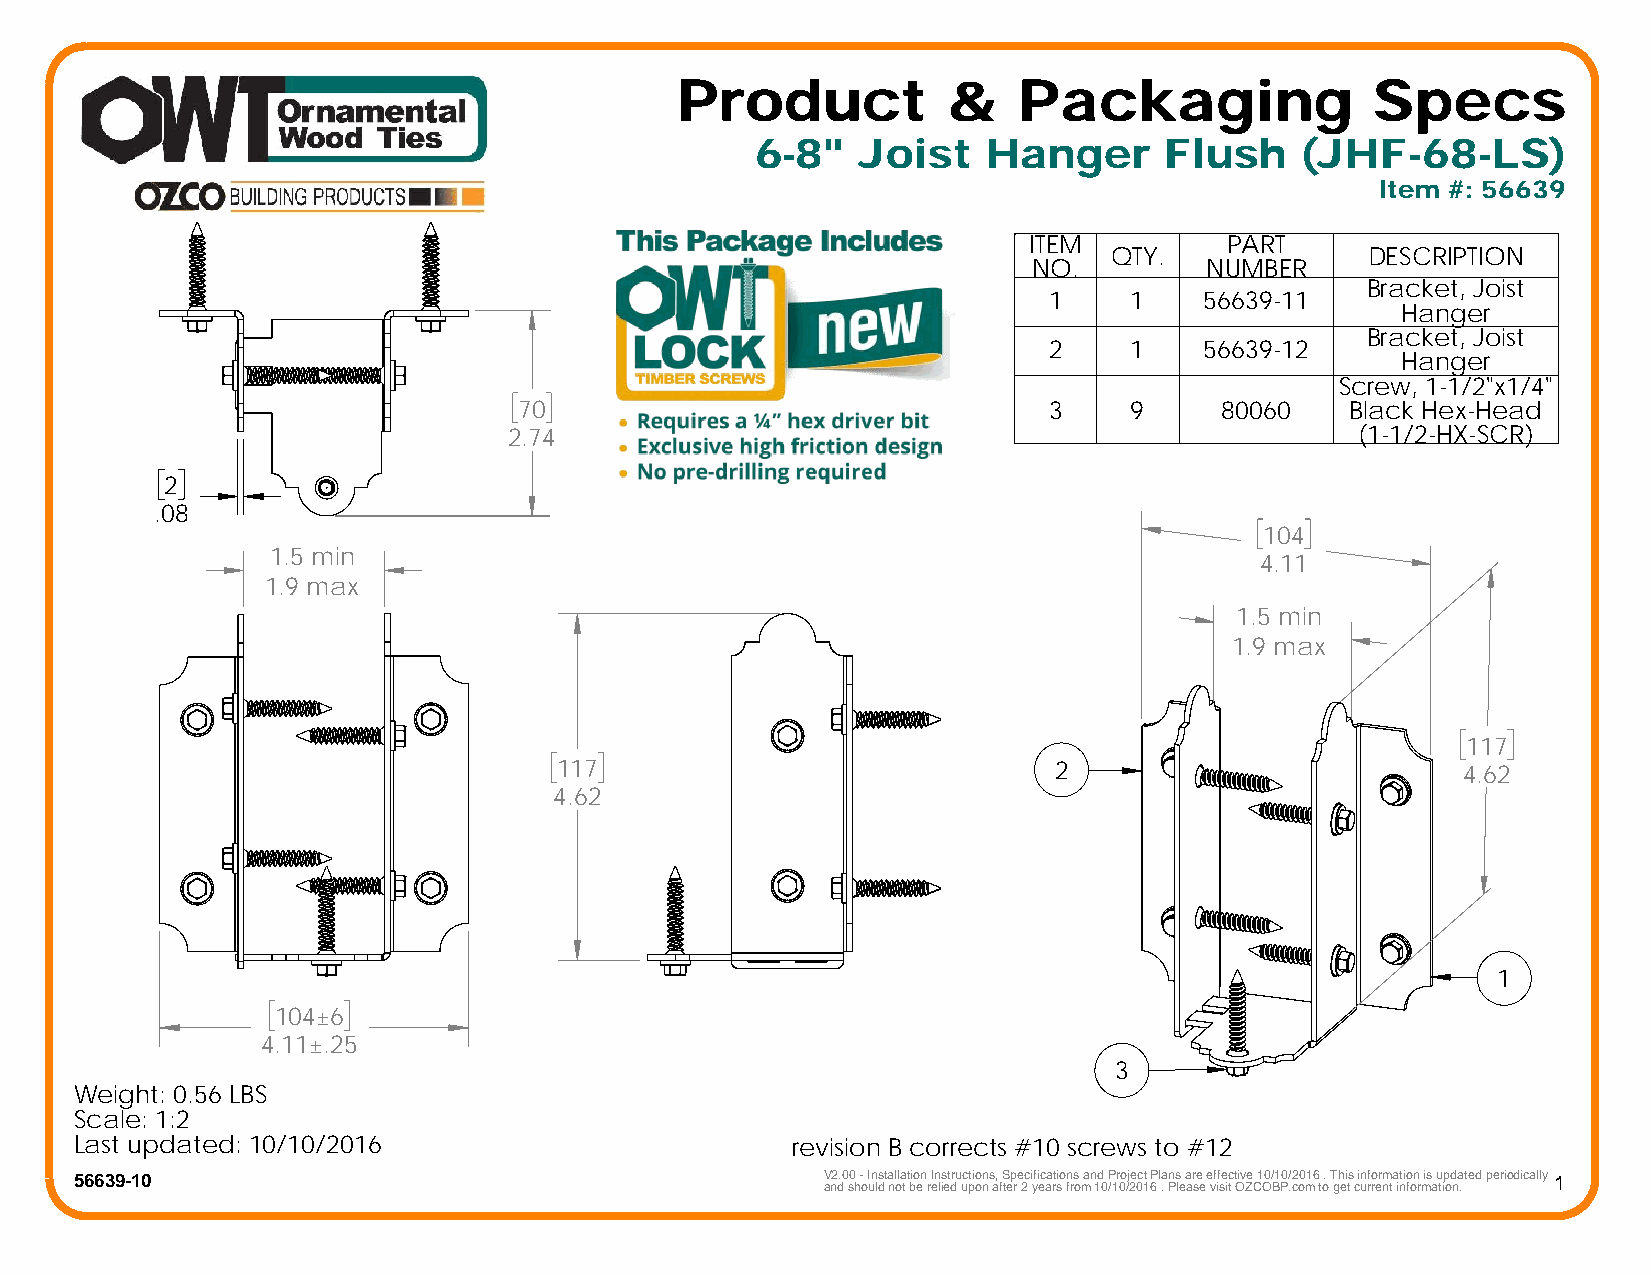
Product           &   Packaging               Specs
 6-8"   Joist   Hanger      Flush    (JHF-68-LS)
 Item #: 56639
 ITEM         PART
 QTY.            DESCRIPTION
 NO.         NUMBER
 Bracket, Joist
 1     1    56639-11
 Hanger
 Bracket, Joist
 2     1    56639-12
 Hanger
 Screw, 1-1/2"x1/4"
 70                                 3     9     80060   Black Hex-Head
 2.74                                                    (1-1/2-HX-SCR)
 2
 .08
 104
 1.5 min
 4.11
 1.9 max
 1.5 min
 1.9 max
 117
 117                              2                          4.62
 4.62
 1
 104±6
 4.11±.25
 3
 Weight: 0.56 LBS
 Scale: 1:2
 Last updated: 10/10/2016                       revision B corrects #10 screws to #12
 56639-10                                          V2.00 - Installation Instructions, Specifications and Project Plans are effective 10/10/2016 . This information is updated periodically 1
 and should not be relied upon after 2 years from 10/10/2016 . Please visit OZCOBP.com to get current information.